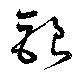
銀